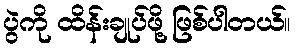
ပွဲကို ထိန်းချုပ်ဖို့ ဖြစ်ပါတယ်။